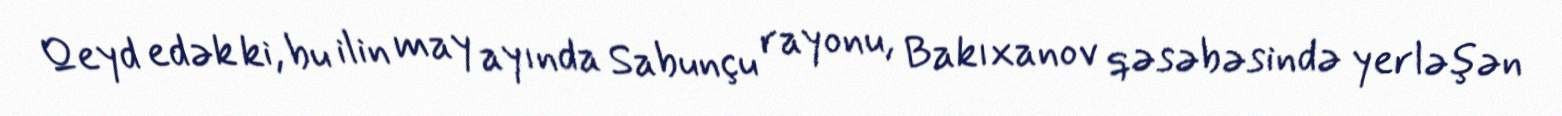
Qeyd edək ki, bu ilin may ayında Sabunçu rayonu, Bakıxanov qəsəbəsində yerləşən